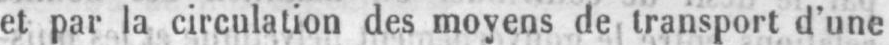
et par la circulation des moyens de transport d’une